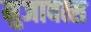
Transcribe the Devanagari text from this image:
मुजावत्स